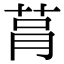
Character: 𦮻